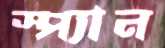
স্প্যান